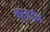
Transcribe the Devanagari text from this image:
मुरमर्दन